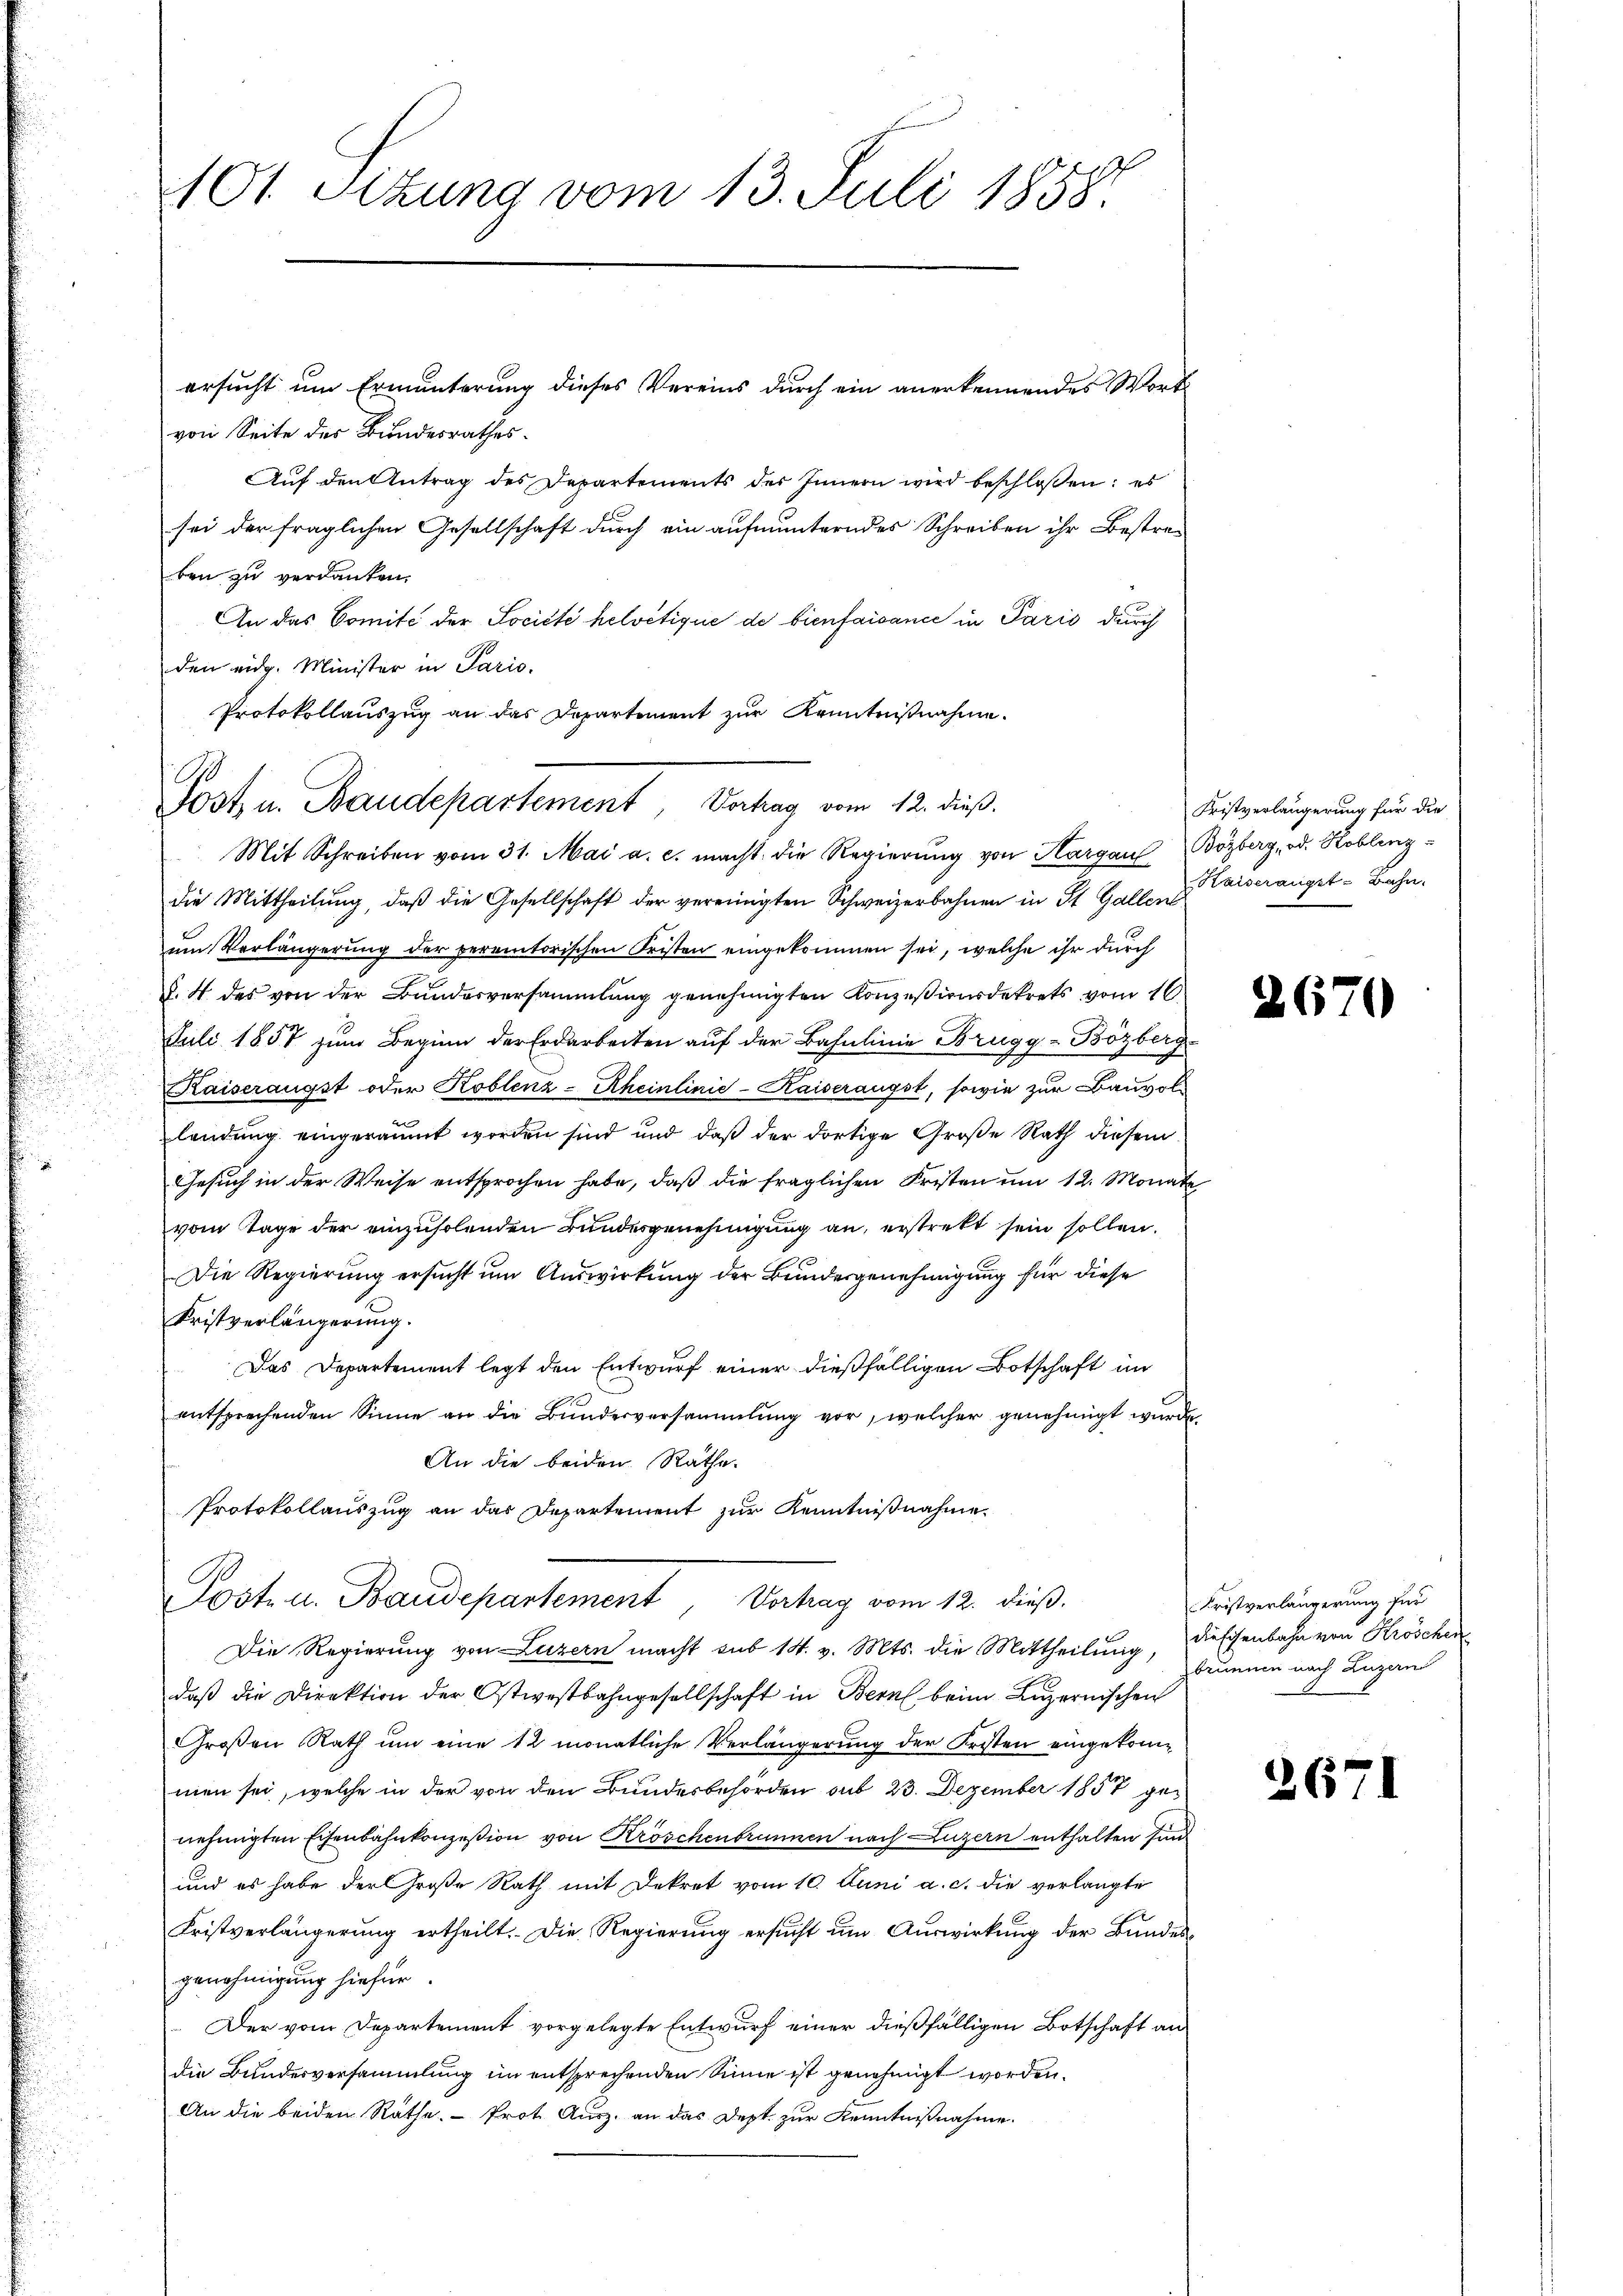
101 Sizung vom 13. Juli 1858.

ersucht um Ermunterung dieses Vereins durch ein anerkennendes Wort
von Seite des Bundesrathes.
Auf den Antrag des Departements des Innern wird beschlossen: es
sei der fraglichen Gesellschaft durch ein aufmunterndes Schreiben ihr Bestreben zu verdanken.
An das Comité der Société helvetique de bienfaisance in Paris durch
den eidg. Minister in Pario.
Protokollauszug an das Departement zur Kenntnißnahme.
Mit Schreiben vom 31. Mai a. c. macht die Regierŭng von Hargau Bözberg, od. Koblenz
die Mittheilŭng, daβ die Gesellschaft der vereinigten Schweizerbahnen in St. Galler Kaiserangst-Bahn.
um Verlängerung der peremtorischen Fristen eingekommen sei, welche ihr durch
§. 4 des von der Bundesversammlung genehmigten Konzessionsdekrets vom 16
Juli 1857 zum Beginn der Erdarbeiten auf der Bahnlinie Brugg-Bözberg-
Kaiseraugst oder Koblenz-Rheinlinie-Kaiseraügst, sowie zur Bauvollendung eingeräumt worden sind und daß der dortige Große Rath diesem
Gesuch in der Weise entsprochen habe, daß die fraglichen Fristen um 12. Monate
vom Tage der einzuholenden Bundesgenehmigung an, erstrekt sein sollen.
Die Regierung ersucht um Auswirkung der Bundesgenehmigung für diese
Kristverlängerung.
Das Departement legt den Entwurf einer dießfälligen Botschaft im
entsprechenden Sinne an die Bŭndesversammlung vor, welcher genehmigt wurde,
An die beiden Räthe.
Protokollauszug an das Departement zur Kenntnißnahme.
Post- u. Baudepartement, Vertrag vom 12. dieß.
Die Regierung von Luzern macht sub 14. v. Mts. die Mittheilung, diessenbahn von Kröschen
daß die Direktion der Ostwestbahngesellschaft in Bern beim Luzernischen
Großen Rath um eine 12 monatliche Verlängerung der Fristen eingekommen sei, welche in der von den Bundesbehörden sub 23. Dezember 1857 genehmigten Eisenbahnkonzession von Kröschenbrunnen nach Luzern enthalten sind.
und es habe der Große Rath mit Dekret vom 10. Juni a. c. die verlangte
Fristverlängerung ertheilt. Die Regierung ersucht um Auswirkung der Bundesgenehmigung hiefür.
Der vom Departement vorgelegte Entwurf einer dießfälligen Botschaft an
die Bundesversammlung im entsprechenden Sinne ist genehmigt worden.
An die beiden Räthe. - Prot. Ausz. an das Dept. zur Kenntnißnahme

9
Fost u. Baudepartement, Vortrag vom 12. dieß.

Fristverlängerung für die

)

6

Fristverlängerung für
brunnen nach Luzern

26

¬